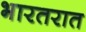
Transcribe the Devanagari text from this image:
भारतरात